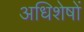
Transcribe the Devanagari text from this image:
अधिशेषों